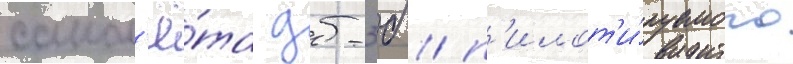
самол'ё́та дб-3б / п'илот'и́руемого